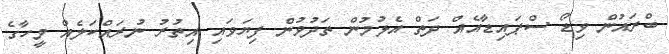
ބްރައުން ވިޑޯ ސްޕައިޑާއެއް ދަތް އެޅުމުން ތަދުވުން ފިޔަވައި އިތުރު ނުރައްކަލެއް މީހާގެ